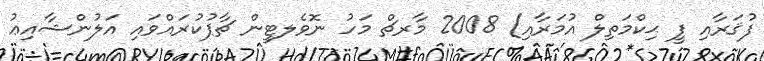
ފުޤަރާއި ފީ ޙިކްމަތިލް އުމަރާއި) 2008 މާރޗް މަހު ނޮވެލޓީން ޗާޕުކުރައްވައި އަލުންޝާއިޢު